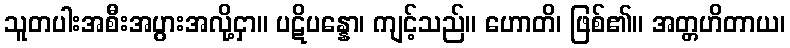
သူတပါးအစီးအပွားအလို့ငှာ။ ပဋိပန္နော၊ ကျင့်သည်။ ဟောတိ၊ ဖြစ်၏။ အတ္တဟိတာယ၊